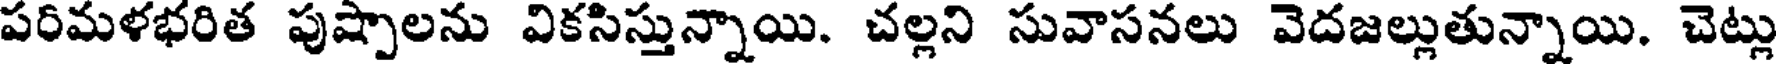
పరిమళభరిత పుష్పాలను వికసిస్తున్నాయి. చల్లని సువాసనలు వెదజల్లుతున్నాయి. చెట్లు